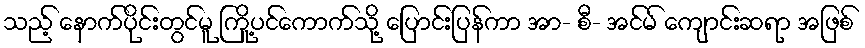
သည့် နောက်ပိုင်းတွင်မူ ကြို့ပင်ကောက်သို့ ပြောင်းပြန်ကာ အာ- စီ- အင်မ် ကျောင်းဆရာ အဖြစ်